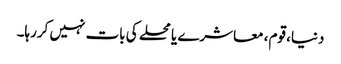
دنیا، قوم، معاشرے یا محلے کی بات نہیں کررہا۔